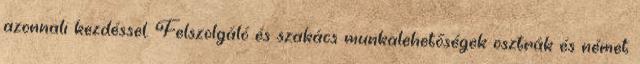
azonnali kezdéssel. Felszolgáló és szakács munkalehetőségek osztrák és német